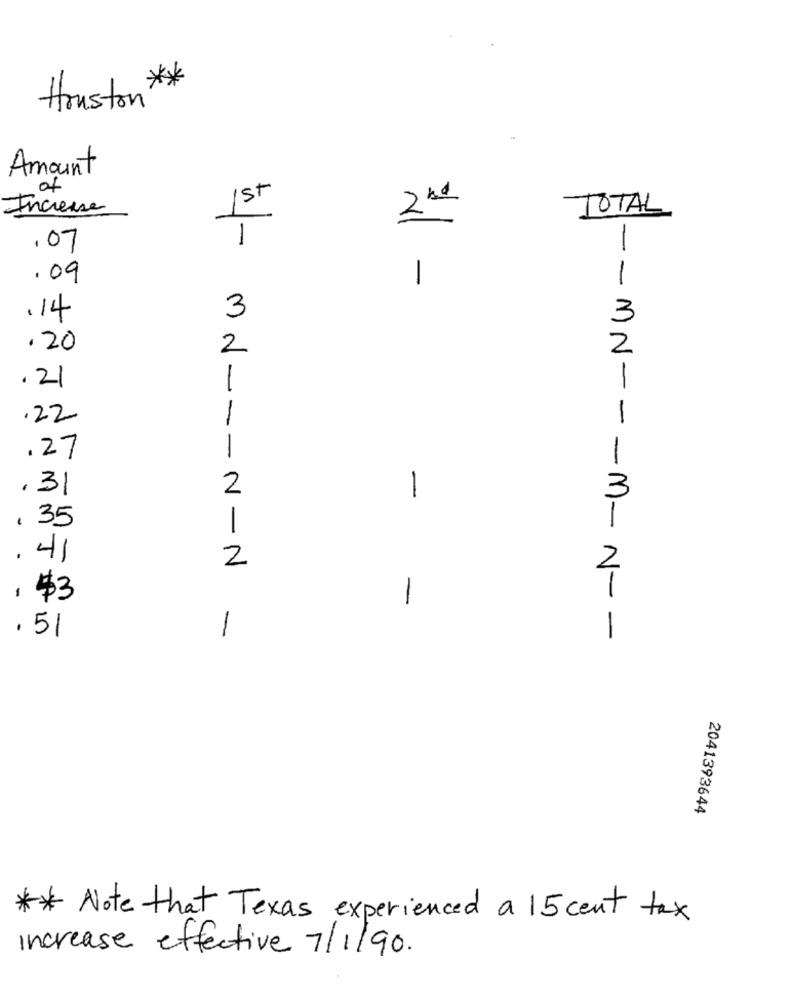
Houston **
Amount
of
st
Increase
TOTAL
1
.07
. 09
1
W -
1
3
.14
3
.20
2
2
.21
1
.22
.27
. 31
1
3
- - N
. 35
1
41
.
2
, $3
-
. 51
1
-- MN --- M- N --
2041393644
** Note that Texas experienced a 15 cent tax
increase effective 7/1/90.